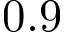
0 . 9